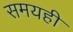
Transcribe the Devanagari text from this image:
समयही